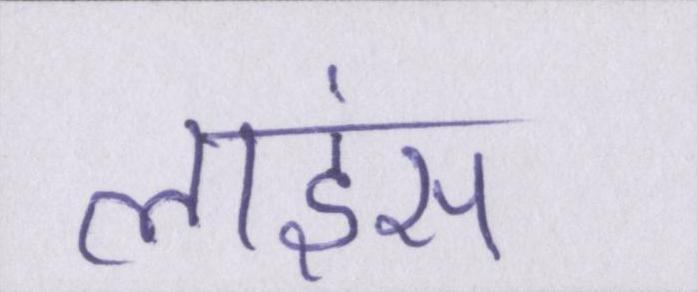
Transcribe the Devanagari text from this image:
लाइंस